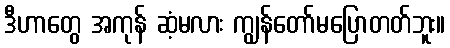
ဒီဟာတွေ အကုန် ဆံ့မလား ကျွန်တော်မပြောတတ်ဘူး။